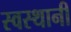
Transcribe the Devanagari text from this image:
स्वस्थानीं